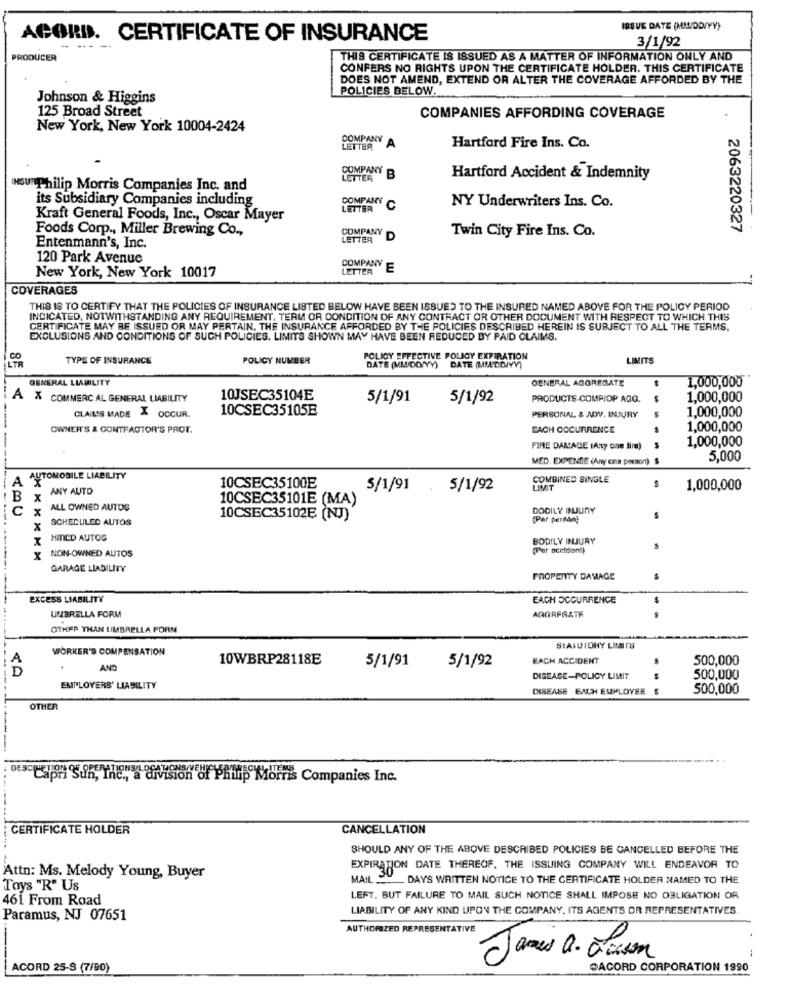
ISSUE DATE (MMIDDIYY)
ACORD. CERTIFICATE OF INSURANCE
3/1/92
PRODUCER
THIS CERTIFICATE IS ISSUED AS A MATTER OF INFORMATION ONLY AND
CONFERS NO RIGHTS UPON THE CERTIFICATE HOLDER. THIS CERTIFICATE
DOES NOT AMEND, EXTEND OR ALTER THE COVERAGE AFFORDED BY THE
POLICIES BELOW.
Johnson & Higgins
125 Broad Street
COMPANIES AFFORDING COVERAGE
New York, New York 10004-2424
COMPANY
LETTER
YA
Hartford Fire Ins. Co.
COMPANY
LETTER
B
Hartford Accident & Indemnity
INSU Philip Morris Companies Inc. and
its Subsidiary Companies including
COMPANY
LETTER
C
NY Underwriters Ins. Co.
Kraft General Foods, Inc ., Oscar Mayer
Foods Corp ., Miller Brewing Co .,
COMPANY
Twin City Fire Ins. Co.
2063220327
LETTER
D
Entenmann's, Inc.
120 Park Avenue
COMPANY
LETTER
E
New York, New York 10017
COVERAGES
THIS IS TO CERTIFY THAT THE POLICIES OF INSURANCE LISTED BELOW HAVE BEEN ISSUED TO THE INSURED NAMED ABOVE FOR THE POLICY PERIOD
INDICATED, NOTWITHSTANDING ANY REQUIREMENT, TERM OR CONDITION OF ANY CONTRACT OR OTHER DOCUMENT WITH RESPECT TO WHICH THIS
CERTIFICATE MAY BE ISSUED OR MAY PERTAIN, THE INSURANCE AFFORDED BY THE POLICIES DESCRIBED HEREIN IS SUBJECT TO ALL THE TERMS.
EXCLUSIONS AND CONDITIONS OF SUCH POLICIES. LIMITS SHOWN MAY HAVE BEEN REDUCED BY PAID CLAIMS.
TYPE OF INSURANCE
POLICY NUMBER
POLICY EFFECTIVE POLICY EXPIRATION
LIMITS
DATE (MADDYY) DATE (MILDDIYY)
GENERAL LIABILITY
OENERAL AGGREGATE
1,000,000
A X COMMERC AL GENERAL LIABILITY
10JSEC35104E
5/1/91
5/1/92
PRODUCTS COMPIOP AGG.
1,000,000
10CSEC35105E
PERSONAL & ADV. INJURY
1,000,000
CLAIL'S MADE X OCCUR.
----
OWNER'S & CONTRACTOR'S PROT.
EACH OCCURRENCE
1,000,000
1,000,000
FIRE DAMAGE (Any One dire)
MED. EXPENSE (Any ons person)
5,000
A
AUTOMOBILE LIABILITY
COMBINED SINGLE
ANY AUTO
10CSEC35100E
S/1/91
5/1/92
LIMIT
1,000,000
B
10CSEC35101E (MA)
C
ALL OWNED AUTOS
DODILY INUUNY
---.
SCHEDULED AUTOS
10CSEC35102E (NJ)
(Per person)
HINLD AUTOS
BODILY INJURY
(Per oceldont)
NON-OWNED AUTOS
GARAGE LIABILITY
PROPERTY DAMAGE
EXCESS LIABILITY
EACH OCCURRENCE
UMBRELLA FORM
AGGREGATE
OTHER THAN UMBRELLA PORM
WORKER'S COMPENSATION
SIAIUTOHY LItaITS
10WBRP28118E
5/1/91
5/1/92
EACH ACCIDENT
500,000
D
AND
DISEASE-POLICY LIMIT
500,000
EMPLOYERS' LIABILITY
DISEASE EACH EMPLOYEE $
500,000
OTHER
----
DEs-Capri Sun, Inc ., a division of Philip Morris Companies Inc.
CERTIFICATE HOLDER
CANCELLATION
SHOULD ANY OF THE ABOVE DESCRIBED POLICIES BE CANCELLED BEFORE THE
EXPIRATION DATE THEREOF. THE ISSUING COMPANY WILL ENDEAVOR TO
Attn: Ms. Melody Young, Buyer
MAIL
_ DAYS WRITTEN NOTICE TO THE CERTIFICATE HOLDER NAMED TO THE
Toys "R" Us
461 From Road
LEFT. BUT FAILURE TO MAIL SUCH NOTICE SHALL IMPOSE NO OBLIGATION OR
LIABILITY OF ANY KIND UPON THE COMPANY. ITS AGENTS OR REPRESENTATIVES.
Paramus, NJ 07651
AUTHORIZED REPRESENTATIVE
James Q. alorson
10
ACORD 25-S (7/90)
DACORD CORPORATION 1990